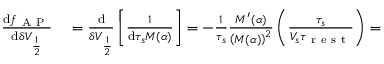
\begin{array} { r l } { \frac { \mathrm { d } f _ { \mathrm { ~ A ~ P ~ } } } { \mathrm { d } \delta V _ { \frac { 1 } { 2 } } } } & { { } = \frac { \mathrm { d } } { \delta V _ { \frac { 1 } { 2 } } } \left[ \frac { 1 } { \mathrm { d } \tau _ { s } M ( \alpha ) } \right] = - \frac { 1 } { \tau _ { s } } \frac { M ^ { \prime } ( \alpha ) } { \left( M ( \alpha ) \right) ^ { 2 } } \left( \frac { \tau _ { s } } { V _ { s } \tau _ { \mathrm { ~ r ~ e ~ s ~ t ~ } } } \right) = } \end{array}